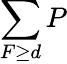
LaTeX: \sum\limits_{F\geq d}P